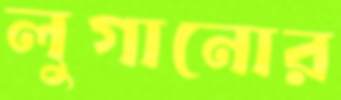
লুগানোর